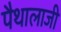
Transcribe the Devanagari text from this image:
पैथालाजी